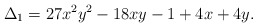
\begin{align*}\Delta_1=27x^2y^2-18xy-1+4x+4y. \end{align*}